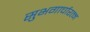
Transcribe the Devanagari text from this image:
सुभगार्चारत्न